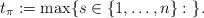
LaTeX: \begin{align*}t_\pi:= \max \{ s \in \{1,\dots, n\} :\ \}.\end{align*}